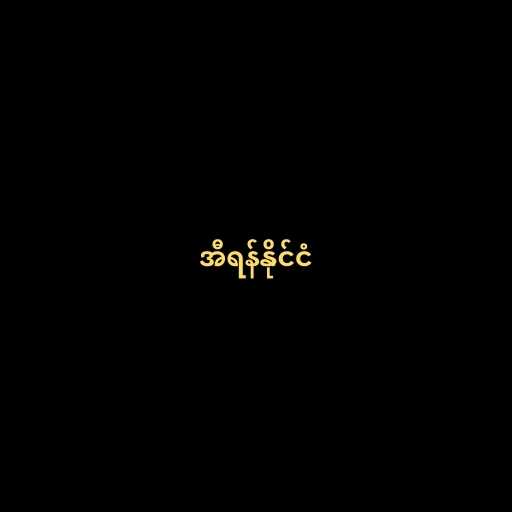
အီရန်နိုင်ငံ